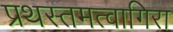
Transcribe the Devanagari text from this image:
प्रथस्तमत्वागिरा